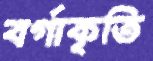
বর্গাকৃতি